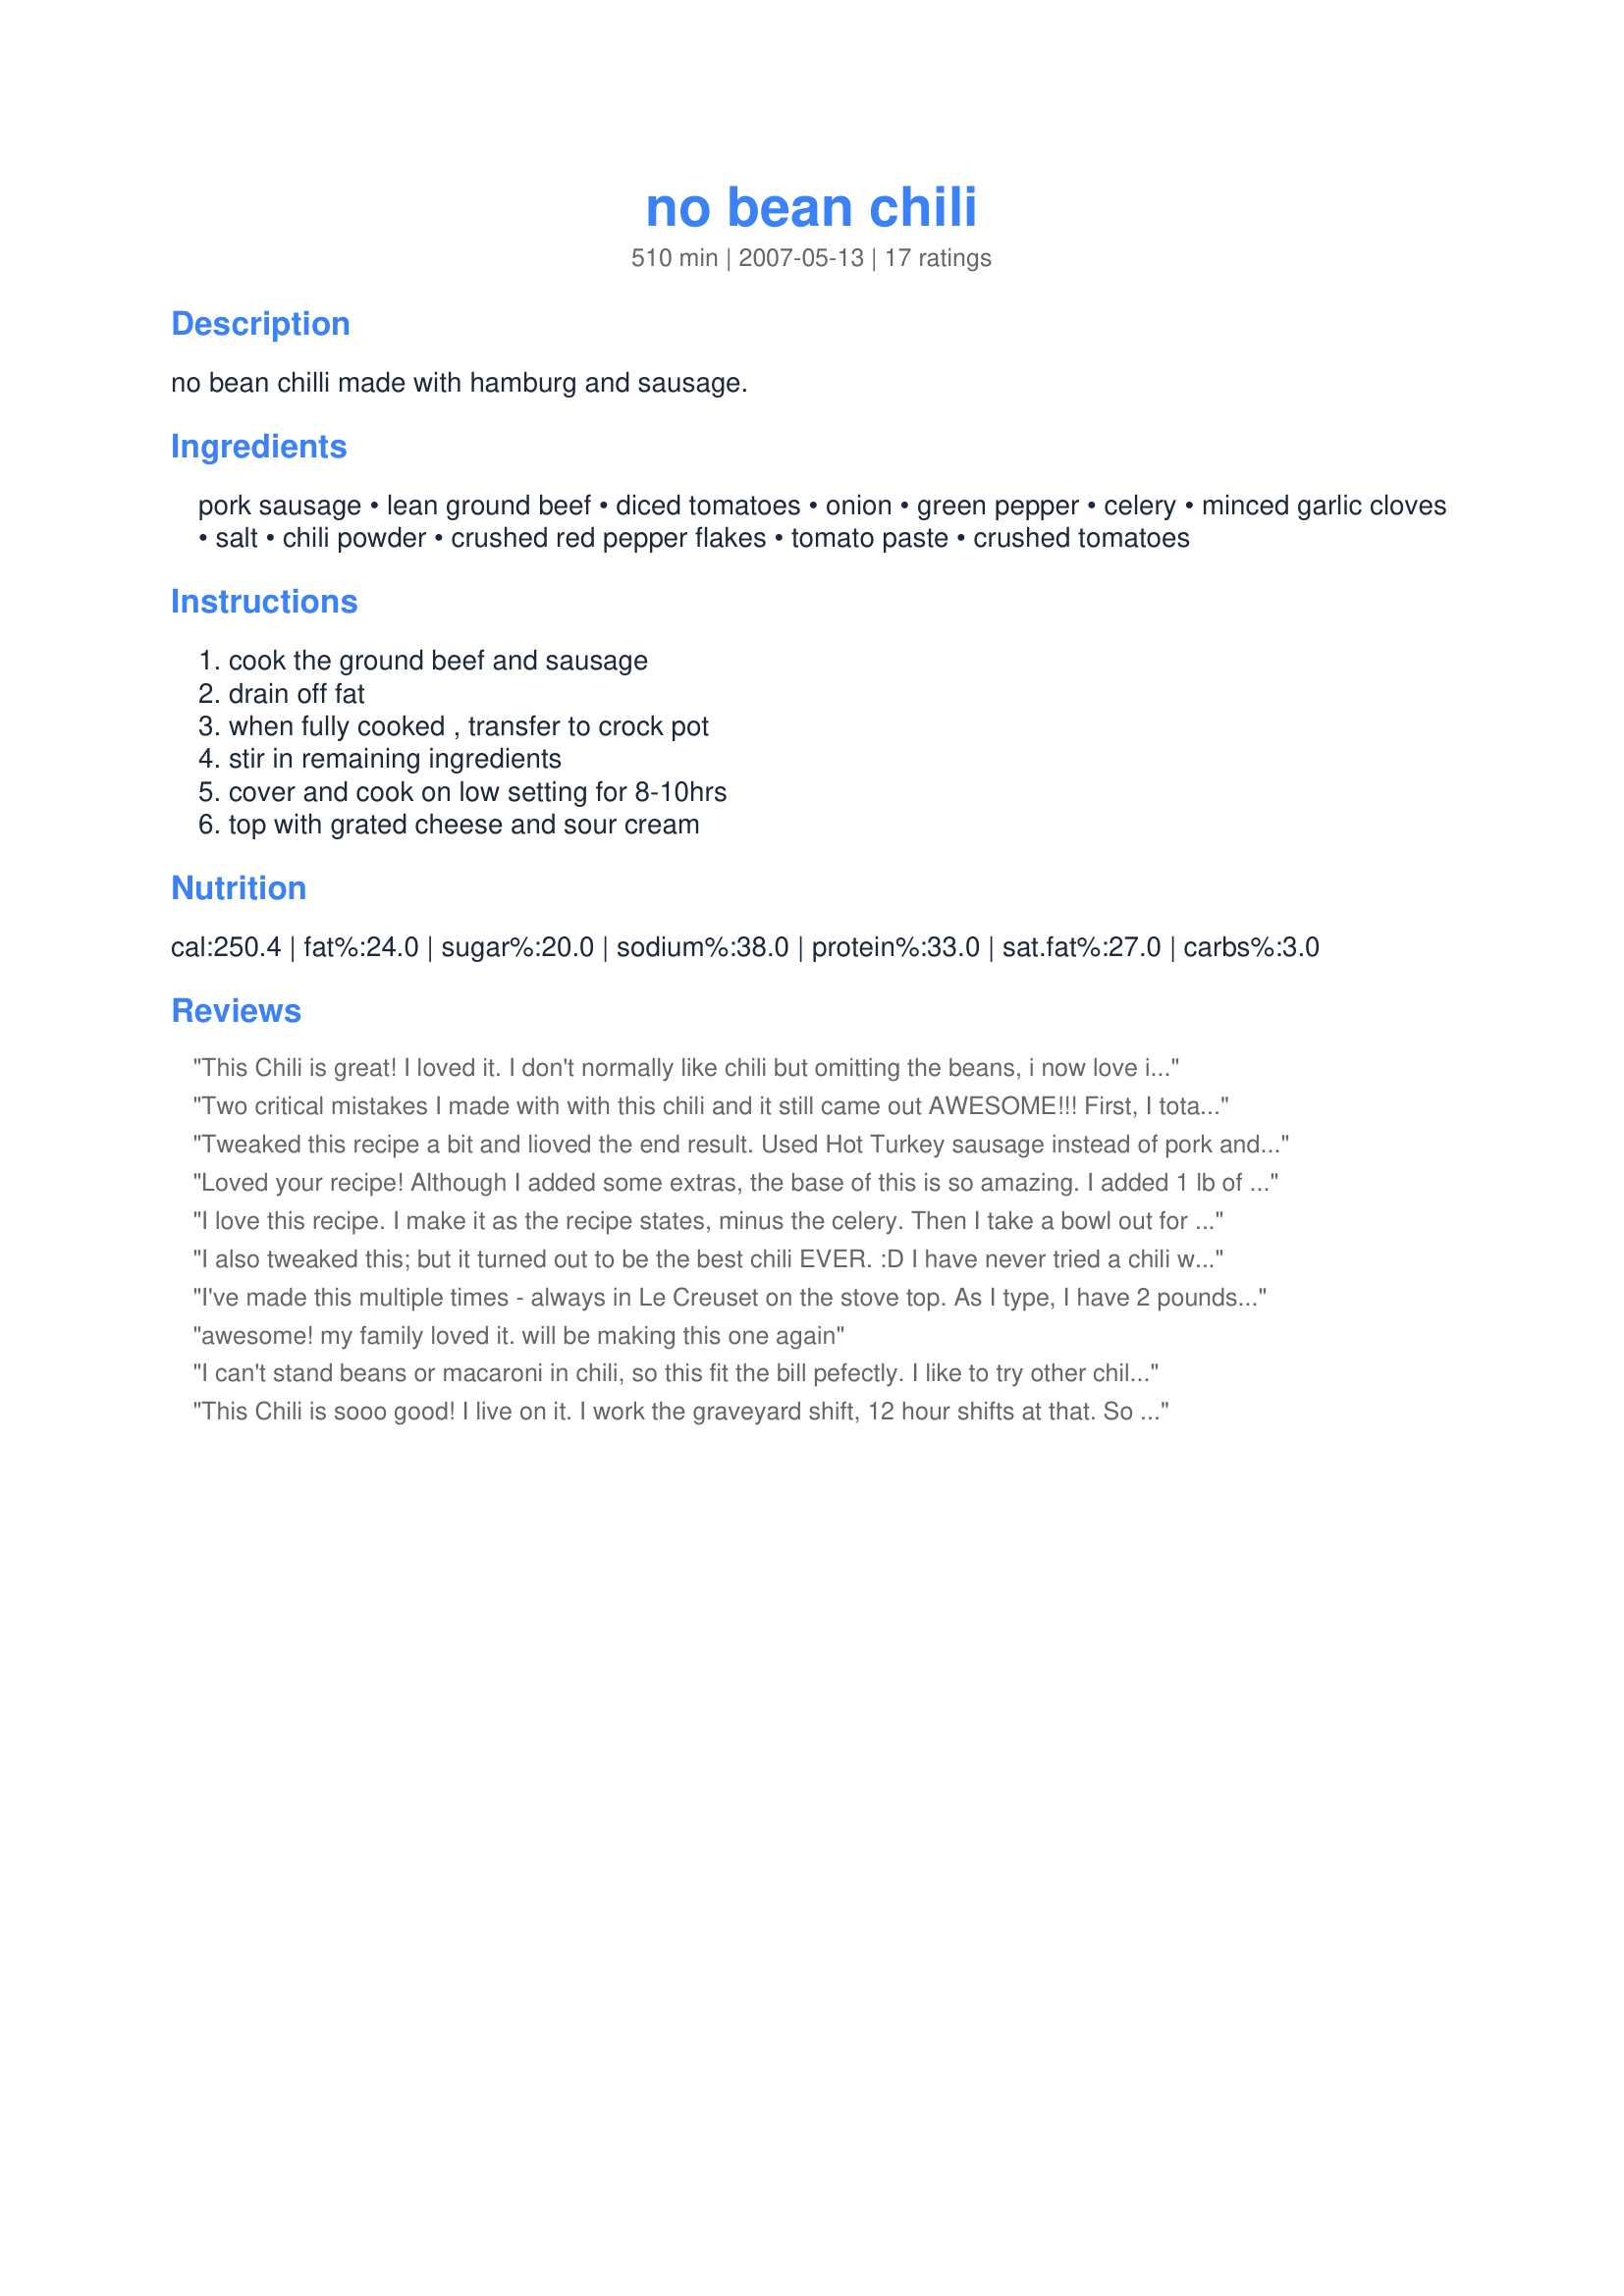
no bean chili
Preparation time: 510 minutes

no bean chilli made with hamburg and sausage.

Ingredients:
pork sausage, lean ground beef, diced tomatoes, onion, green pepper, celery, minced garlic cloves, salt, chili powder, crushed red pepper flakes, tomato paste, crushed tomatoes

Steps:
cook the ground beef and sausage, drain off fat, when fully cooked , transfer to crock pot, stir in remaining ingredients, cover and cook on low setting for 8-10hrs, top with grated cheese and sour cream

Reviews:
This Chili is great! I loved it. I don't normally like chili but omitting the beans, i now love it! Everyone else in my family did too. Thanks!
Two critical mistakes I made with with this chili and it still came out AWESOME!!! First, I totally ignored that the ingredients called for pork sausage and I simply bought ground pork. It didn't matter -- the combination with the ground sirloin was great. Then I neglected to note it was a crockpot recipe. So it's on the stovetop simmering away as I type this. How does a cook as old as I am make mistakes like that and still get lucky to come out with an excellent dish!? LOL!! The only thing I added to it was a a teaspoon of cumin. I can't compliment you enough on this wonderful pot of comfort food! Pure magic!
Tweaked this recipe a bit and lioved the end result. Used Hot Turkey sausage instead of pork and used no green peppers.<br/><br/>Also added in a 1/2 teaspoon of Cumin and a 1 tsp of Ancho CHile powder (in addition to all of the other spices)<br/><br/>cooked in the crock pot for 10 hours and the result was fabulous..I am on my 3rd day of eating it and love it with some cheese, a lil sour cream and some tortilla chips to scoop it up.
Loved your recipe! Although I added some extras, the base of this is so amazing. I added 1 lb of sweet Italian sausage, an additional pound of lean ground beef, 2 carrots sliced thin, 1 small can sliced black olives-drained the juice, and 1/2 cup of golden raisins. You’re probably thinking, raisins in chili is weird” but my Hispanic grandmother used raisins in her tamale meat mixture. My dad started to put raisins in his chili and it’s incredible so I copied them. I emplor you to just give it a try. Sooo good!
I love this recipe. I make it as the recipe states, minus the celery. Then I take a bowl out for myself and then add beans for the rest of the family. We all LOVE it!
I also tweaked this; but it turned out to be the best chili EVER. :D I have never tried a chili with sausage, and since it was B1G1 at my grocery store, had some extra to use up to decided to try this. I used a can of "chili-ready" tomatoes, rotel, and tomato sauce. I pureed all three in our food processor as picky DH doesn't like "chunky" chili. I then added the spices to that mixture, mixed it all together, added some cumin & cayenne pepper and cooked on LOW for 10 hours. Even my little toddler loved this. DH raved about it. Going in my stars cookbook - thank you for sharing!
I've made this multiple times - always in Le Creuset on the stove top. As I type, I have 2 pounds ground beef, one pound hot sausage, and one pound sweet sausage simmering away with the rest of the ingredients. I add a can of green chilis and that's about the only change. Sometimes, I add a little stock to allow the simmering to go on for hours and truly blend all the flavors without getting too thick. Great recipe!!!
awesome! my family loved it. will be making this one again
I can't stand beans or macaroni in chili, so this fit the bill pefectly. I like to try other chili recipes & am happy I tried this one 'cause it is VERY GOO!!! I used green chilies in place of the green pepper & I didn't have any red pepper flakes, so I used hot sauce instead. The results were GREAT...will most definately make this again!!! THANKS for sharing!!!
This Chili is sooo good! I live on it. I work the graveyard shift, 12 hour shifts at that. So I just cup up a crockpot full of this kickin' chili and eat it for three days. I had some friends who came over when it was done cooking and they tried it. Now, everytime I make it they hounds me to bring some over to their house. Hehe.. I learned not to tell them. OK OK.. I still tell them. but my crockpot is a 6 Qt. and it goes fast. LOL.. again thanks
We really liked this and it was super easy to prepare. We didn't tweak much except we used mild sausage and only about half the amount of crushed red pepper. The base has a great chili taste.
I was nervous at first because I never made chili before. Not a big fan of beans so searched "no bean chili". I must say this was great. There was a lot of flavor and it made enough for leftovers. We love heat so the only thing that I did to change it was added a 10 ounce can of diced tomatoes with green chilis. Also, I am not a fan of chunks so I pureed the diced tomatoes but I do that with everything! Great! I would definitely try this one again and recommend to friends!
I have made this recipe many times and it always comes out awesome!!! Share it and tell a friend.. My whole family loves it...
I added cumin, as well as a small can of mushrooms, and used Muir Glen Organic fire roasted diced tomatoes, Red Gold for the rest, I believe tomatoes can make a big difference in chili. Add a few good dashes of Cholula hot sauce (with the wooden cap) for zing!
This was really good. Omitted the celery.
This is a hearty and tasty chili. I like the combination of the sausage and ground beef. My family isn't fond of celery, so instead I added a couple of handfuls of frozen corn. It added a nice contrast of color and was tasty. I didn't have a can of crushed tomatoes, so instead I added an additional can of diced chili ready tomatoes and a bit of tomato juice as well. It had a nice and hearty consistency. I will be making this again.
Awesome recipe! I changed it a little I used 1 and half pounds of turkey sausage and 1 pound of ground turkey. Amazeballs!
